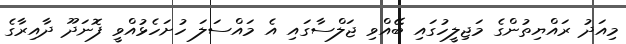
މިއަދު ރައްޔިތުންގެ މަޖިލީހުގައި ބޭއްވި ޖަލްސާގައި އެ މައްސަލަ ހުށަހެޅުއްވީ ފޮނަދޫ ދާއިރާގެ